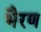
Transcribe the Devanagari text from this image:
भैरण